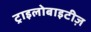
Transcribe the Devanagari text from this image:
ट्राइलोबाइटीज़